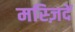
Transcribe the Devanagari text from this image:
मस्ज़िदें